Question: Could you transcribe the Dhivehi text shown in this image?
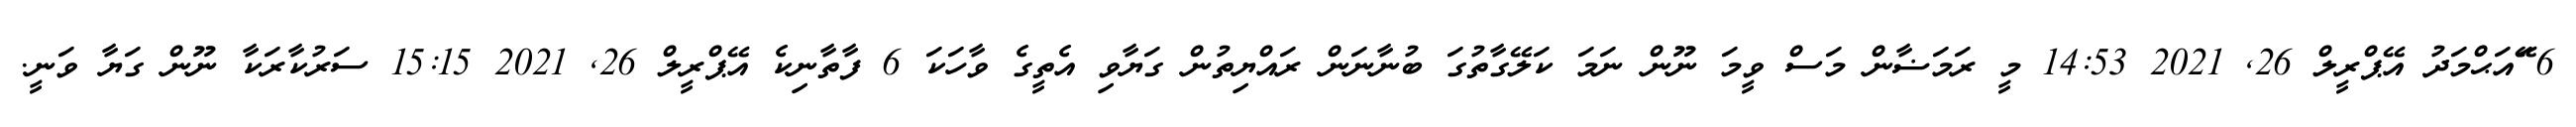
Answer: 6 ޭައަޙްމަދު އޭޕްރީލް 26, 2021 14:53 މީ ރަމަޟާން މަސް ވީމަ ނޫން ނަމަ ކަލޭގާތުގަ ބުނާނަން ރައްޔިތުން ގަޔާވި އެތީގެ ވާހަކަ 6 ފާތާނިކެ އޭޕްރީލް 26, 2021 15:15 ސަރުކާރަކާ ނޫން ގަޔާ ވަނީ.